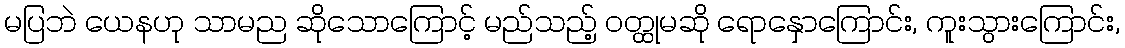
မပြဘဲ ယေနဟု သာမည ဆိုသောကြောင့် မည်သည့် ဝတ္ထုမဆို ရောနှောကြောင်း, ကူးသွားကြောင်း,